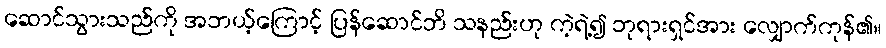
ဆောင်သွားသည်ကို အဘယ့်ကြောင့် ပြန်ဆောင်ဘိ သနည်းဟု ကဲ့ရဲ့၍ ဘုရားရှင်အား လျှောက်ကုန်၏။